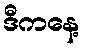
ဒီကနေ့